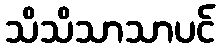
သိသိသာသာပင်